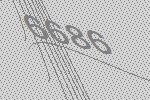
6686